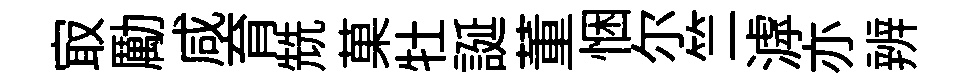
㝡勵咸育兟菓牡誕董悃尔竺滹亦辨